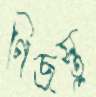
ণিজস্তু